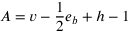
A = v - { \frac { 1 } { 2 } } e _ { b } + h - 1